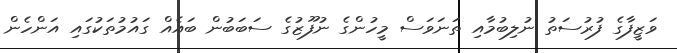
ވަޒީފާގެ ފުރުސަތު ނުލިބުމާއި ތަނަވަސް މީހުންގެ ނުފޫޒުގެ ސަބަބުން ބައެއް ގައުމުތަކުގައި އަންހެން